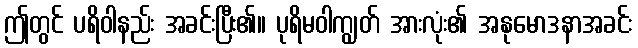
ဤတွင် ပရိဝါနည်း အခင်းပြီး၏။ ပုရိမဝါကျွတ် အားလုံး၏ အနုမောဒနာအခင်း